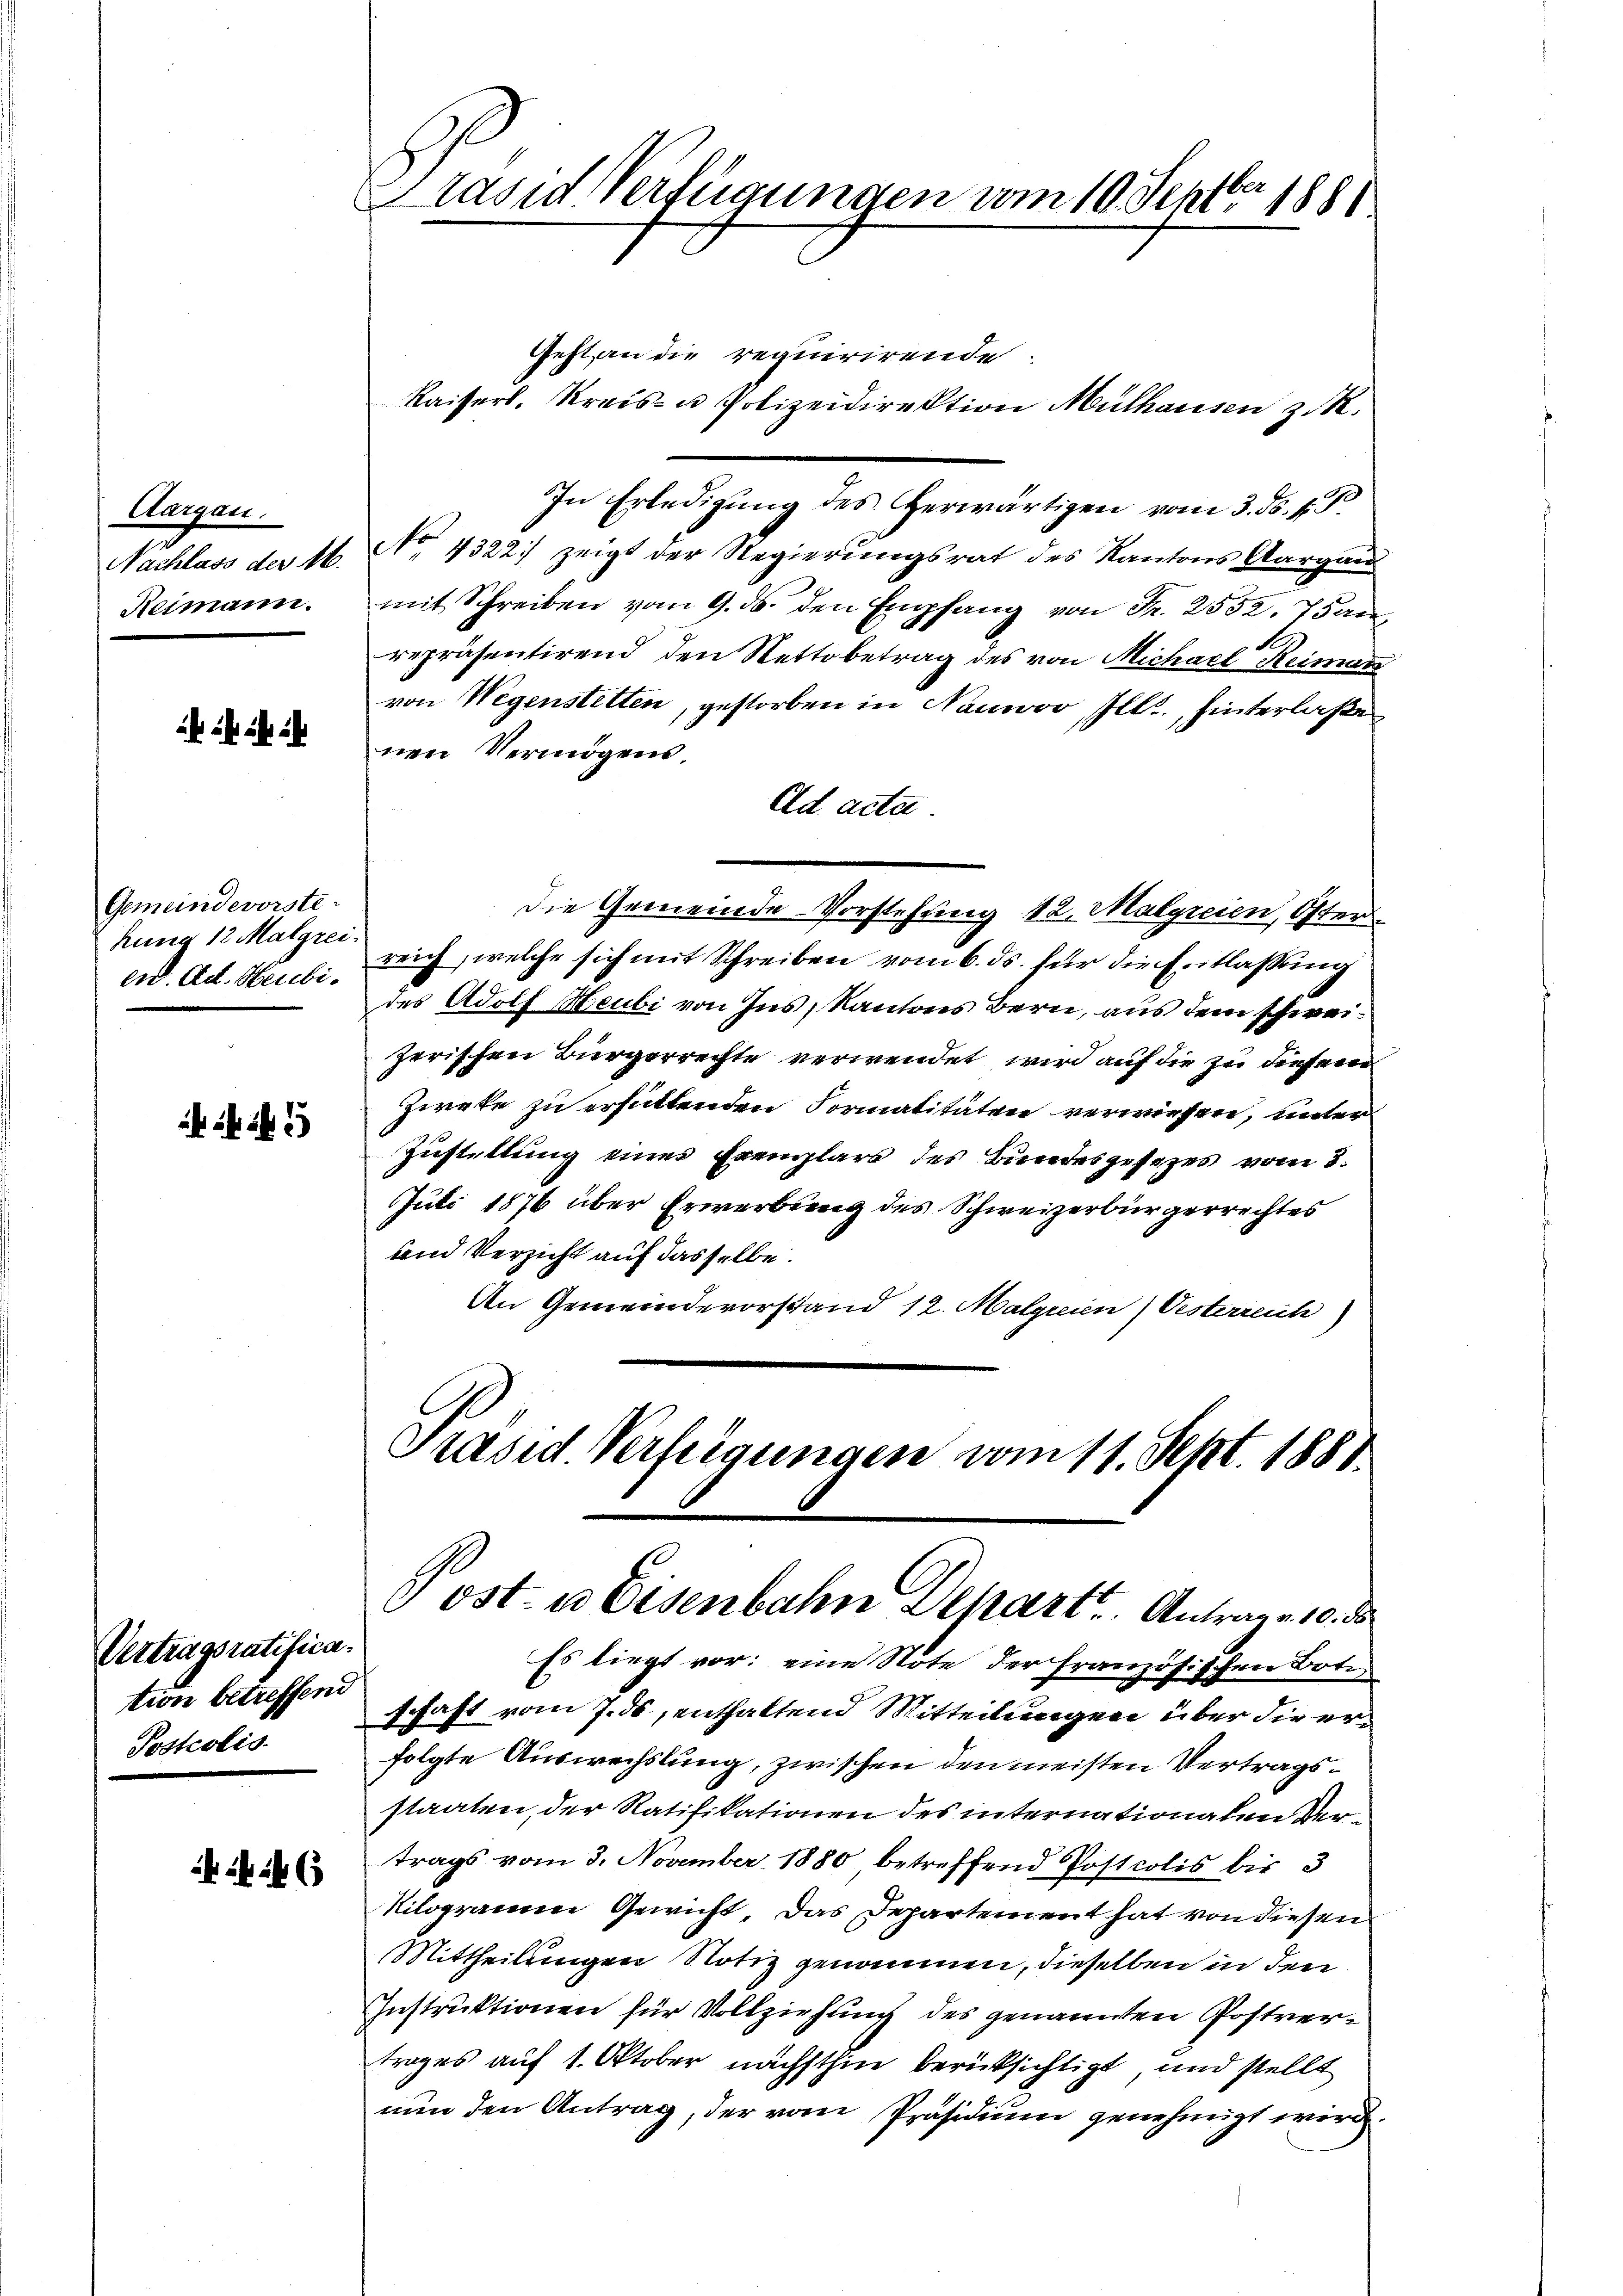
Aargau.
Nachlass der Ab
Heimann.

Gemeindevorste
hung 12 Malgrei
eid. Ad. Heubi¬

Vertragsratification betreffend
Postolis

rasid Verfügungen vom 10. Septbr 1881

Geht an die requirirende.
Kaiserl. Kreis- u Polizeidirektion Mülhausen z. R.
In Erledigung des Herwärtigen vom 3. ds. 1. d.
No. 4322.) zeigt der Regierungsrat des Kantons Aargau
mit Schreiben vom 9. ds. den Empfang von Fr. 2552. Tan
repräsentirend den Nettobetrag des von Michael Reimann
von Wegenstetten, gestorben in Nauwov, Ill., hinterlaße
nen Vermögens.
Ad acta
Die Gemeinde Vorstehung 12. Malgreien, Öster
reich, welche sich mit Schreiben vom 6. ds. für die Entlassung
des Adolf Heubi von Ins, Kantons Bern, aus dem schweizerischen Bürgerrechte verwendet wird auf die zu diesem
Ziete zu erfüllenden Formalitäten verwiesen, unter
Zustellung eines Exemplars des Bundesgesetzes vom 3.
Juli 1876 über Erwerbung des Schweizerbürgerrechtes
und Verzicht auf dasselbe.
An Gemeindevorstand 12. Malyrien) Vesterreich

Präsid. Verfeigungen vom 11. Sept. 1881
 ost- u Eisenbahn Depart. Antrage 10. ds

Es liegt vor: eine Note der französischen Bote
schaft vom 7. ds, enthaltend Mitteilungen über die erfolgte Auswechslung, zwischen den meisten Vertragsstaaten, der Ratifikationen des internationalen Vertrags vom 3. November 1880 betreffend Postcolis bis 3
Kilogramm Gewicht das Departement hat von diesen
Mittheilungen Notiz genommen, dieselben in den
Instruktionen für Vollziehung des genannten Postvertrages auf 1. Oktober nächsthin berücksichtigt, und stellt
nun den Antrag, der vom Präsidium genehmigt wird.